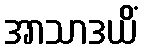
အာသာဒယိံ